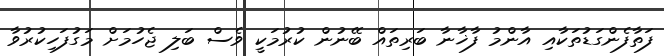
ފަތާފެންގަޑުތަކާއި އާންމު ފާޚާނާ ބަރިތައް ބޭނުން ކުރުމަކީ ވެސް ބަލި ޖެހުމަށް މަގުފަހިކުރުވާ